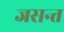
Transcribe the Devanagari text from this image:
जसन्त